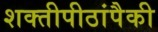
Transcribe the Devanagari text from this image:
शक्तीपीठांपैकी